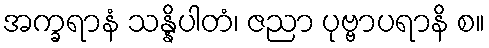
အက္ခရာနံ သန္နိပါတံ၊ ဇညာ ပုဗ္ဗာပရာနိ စ။